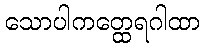
သောပါကတ္ထေရဂါထာ